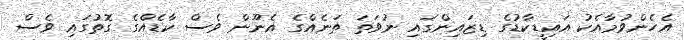
އެހެންވުމާއެކު އައިޑީކާޑުގެ ޑިޒައިންގައި ނުވަތަ ތަނެއްގެ އެނޫން ވެސް ކާޑެއްގެ ގޮތުގައި ވެސް